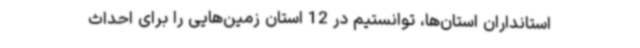
استانداران استان‌ها، توانستیم در 12 استان زمین‌هایی را برای احداث